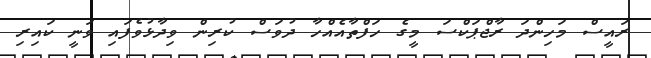
ރައީސް މަހިންދަ ރާޖްޕަކްސަ މީގެ ހަފްތާއެއްހާ ދުވަސް ކުރިން ވިދާޅުވެފައި ވަނީ ކައިރި